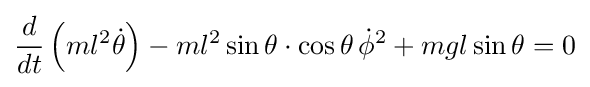
{\frac {d}{dt}}\left(ml^{2}{\dot {\theta }}\right)-ml^{2}\sin \theta \cdot \cos \theta \,{\dot {\phi }}^{2}+mgl\sin \theta =0